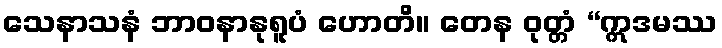
သေနာသနံ ဘာဝနာနုရူပံ ဟောတိ။ တေန ဝုတ္တံ “ဣဒမဿ